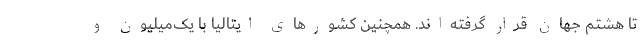
تا هشتم جهان قرار گرفته‌اند. همچنین کشورهای ایتالیا با یک‌میلیون و